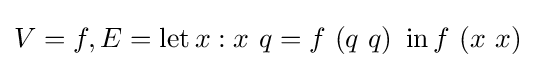
V=f,E=\operatorname {let} x:x\ q=f\ (q\ q)\ \operatorname {in} f\ (x\ x)